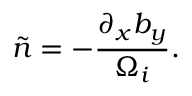
\tilde { n } = - \frac { \partial _ { x } b _ { y } } { \Omega _ { i } } .